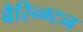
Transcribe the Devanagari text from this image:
बैरिन्ग्टन